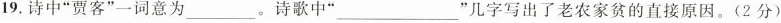
19.诗中”贾客”一词意为___。诗歌中”___”几字写出了老农家贫的直接原因。(2分)